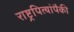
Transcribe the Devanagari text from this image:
राष्ट्रपित्यांपैकी